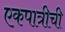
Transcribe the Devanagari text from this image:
एकपात्रीची